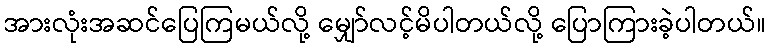
အားလုံးအဆင်ပြေကြမယ်လို့ မျှော်လင့်မိပါတယ်လို့ ပြောကြားခဲ့ပါတယ်။